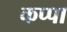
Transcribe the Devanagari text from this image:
कप्‍पा